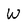
Character: W